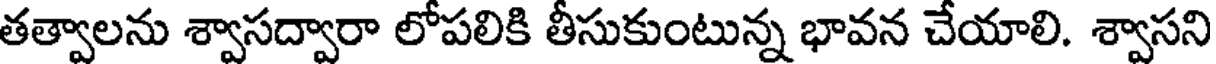
తత్వాలను శ్వాసద్వారా లోపలికి తీసుకుంటున్న భావన చేయాలి. శ్వాసని